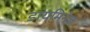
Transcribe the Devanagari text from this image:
डायमिनेज़